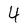
Character: 4